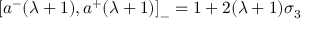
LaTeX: \left[ a ^ { - } ( \lambda + 1 ) , a ^ { + } ( \lambda + 1 ) \right] _ { - } = 1 + 2 ( \lambda + 1 ) \sigma _ { 3 }